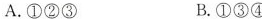
A.①②③ B.①③④